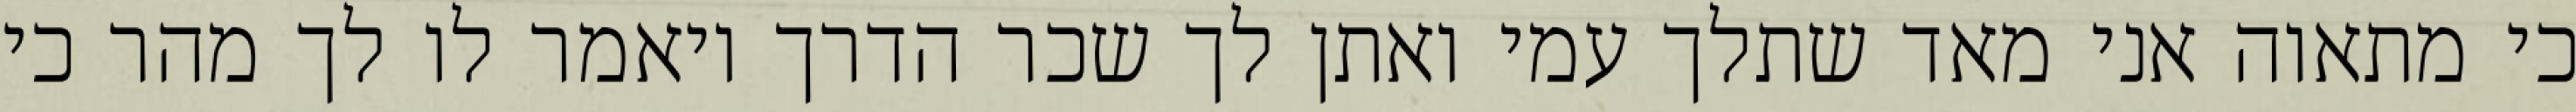
כי מתאוה אני מאד שתלך עמי ואתן לך שכר הדרך ויאמר לו לך מהר כי